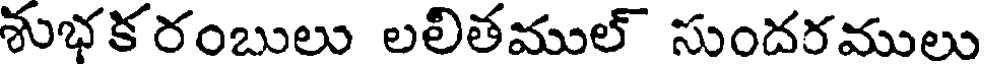
శుభకరంబులు లలితముల్ సుందరములు